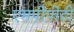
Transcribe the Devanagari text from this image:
एमपीपीटी